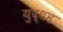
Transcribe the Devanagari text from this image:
युद्धह